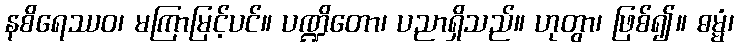
နစိရေဿဝ၊ မကြာမြင့်ပင်။ ပဏ္ဍိတော၊ ပညာရှိသည်။ ဟုတွာ၊ ဖြစ်၍။ ဓမ္မံ၊